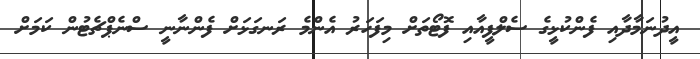
އީދުނަމާދާއި ފެންކުޅީގެ ސެލްފީއާއި ފޮޓޯތަށް މިފަހަރު އެންމެ ރަނގަޅަށް ފެންނާނީ ސްނެޕްޗެޓުން ކަމަށް